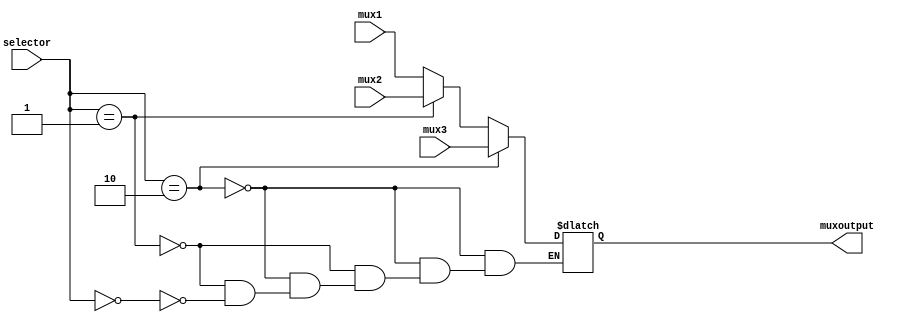
`timescale 1ns / 1ps
//////////////////////////////////////////////////////////////////////////////////
// Company: 
// Engineer: 
// 
// Design Name: 
// Module Name: mux4
// Project Name: 
// Target Devices: 
// Tool Versions: 
// Description: 
// 
// Dependencies: 
// 
// Revision:
// Revision 0.01 - File Created
// Additional Comments:
// 
//////////////////////////////////////////////////////////////////////////////////


module mux4(
    mux1, mux2, mux3, muxoutput, selector
    );
    input [31:0] mux1;
    input [31:0] mux2;
    input [31:0] mux3;
    output reg[31:0] muxoutput;
    input [1:0] selector;
    
    always @(*) begin
        if(selector == 2)
            muxoutput = mux3;
        else if(selector == 1)
            muxoutput = mux2;
        else if(selector == 0)
            muxoutput = mux1;
    end

endmodule